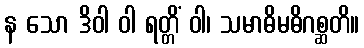
န သော ဒိဝါ ဝါ ရတ္တိံ ဝါ၊ သမာဓိမဓိဂစ္ဆတိ။